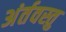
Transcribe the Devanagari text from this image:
अंर्तवस्तु